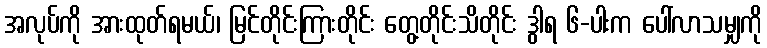
အလုပ်ကို အားထုတ်ရမယ်၊ မြင်တိုင်းကြားတိုင်း တွေ့တိုင်းသိတိုင်း ဒွါရ ၆-ပါးက ပေါ်လာသမျှကို